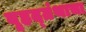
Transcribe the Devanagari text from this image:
बृहद्ग्रंथाचा